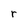
Character: r